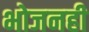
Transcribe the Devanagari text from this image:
भोजनही